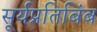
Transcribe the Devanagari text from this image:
सूर्यप्रतिबिंब